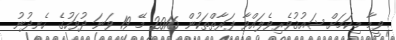
ވީމާ މިކަމަށް ޝައުޤުވެރިވެލައްވާ ފަރާތްތަކުން 2016 މޭ 19 ވަނަ ދުވަހުގެ ހެނދުނު